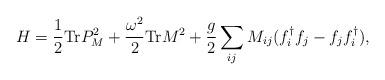
LaTeX: \begin{align*} H=\frac{1}{2} \mathrm{Tr} P_M^2+\frac{\omega^2}{2} \mathrm{Tr} M^2+\frac{g}{2}\sum_{ij} M_{ij} (f^\dagger_i f_j- f_j f^\dagger_i), \end{align*}